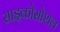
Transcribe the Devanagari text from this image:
साइकोसोशल